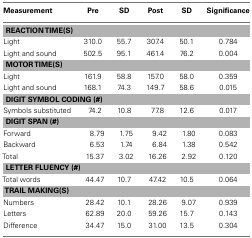
<table><thead><tr><td><b>Measurement</b></td><td><b>Pre</b></td><td><b>SD</b></td><td><b>Post</b></td><td><b>SD</b></td><td><b>Significance</b></td></tr></thead><tbody><tr><td colspan="6"><b>REACTION TIME(S)</b></td></tr><tr><td>Light</td><td>310.0</td><td>55.7</td><td>307.4</td><td>50.1</td><td>0.784</td></tr><tr><td>Light and sound</td><td>502.5</td><td>95.1</td><td>461.4</td><td>76.2</td><td>0.004</td></tr><tr><td colspan="6"><b>MOTOR TIME(S)</b></td></tr><tr><td>Light</td><td>161.9</td><td>58.8</td><td>157.0</td><td>58.0</td><td>0.359</td></tr><tr><td>Light and sound</td><td>168.1</td><td>74.3</td><td>149.7</td><td>58.6</td><td>0.015</td></tr><tr><td colspan="6"><b>DIGIT SYMBOL CODING (#)</b></td></tr><tr><td>Symbols substituted</td><td>74.2</td><td>10.8</td><td>77.8</td><td>12.6</td><td>0.017</td></tr><tr><td colspan="6"><b>DIGIT SPAN (#)</b></td></tr><tr><td>Forward</td><td>8.79</td><td>1.75</td><td>9.42</td><td>1.80</td><td>0.083</td></tr><tr><td>Backward</td><td>6.53</td><td>1.74</td><td>6.84</td><td>1.38</td><td>0.542</td></tr><tr><td>Total</td><td>15.37</td><td>3.02</td><td>16.26</td><td>2.92</td><td>0.120</td></tr><tr><td colspan="6"><b>LETTER FLUENCY (#)</b></td></tr><tr><td>Total words</td><td>44.47</td><td>10.7</td><td>47.42</td><td>10.5</td><td>0.064</td></tr><tr><td colspan="6"><b>TRAIL MAKING(S)</b></td></tr><tr><td>Numbers</td><td>28.42</td><td>10.1</td><td>28.26</td><td>9.07</td><td>0.939</td></tr><tr><td>Letters</td><td>62.89</td><td>20.0</td><td>59.26</td><td>15.7</td><td>0.143</td></tr><tr><td>Difference</td><td>34.47</td><td>15.0</td><td>31.00</td><td>13.5</td><td>0.304</td></tr></tbody></table>